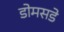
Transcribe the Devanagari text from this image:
डोमसडे